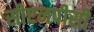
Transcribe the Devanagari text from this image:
सीएनपीसी